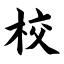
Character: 校